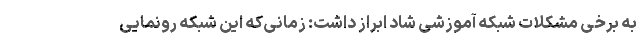
به برخی مشکلات شبکه آموزشی شاد ابراز داشت: زمانی‌که این شبکه رونمایی